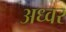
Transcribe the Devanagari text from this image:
अध्वर